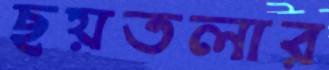
ছয়তলার